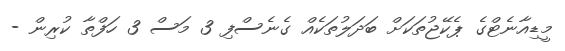
މީޑިއާނެޓްގެ ޕެކޭޖުތަކަށް ބަދަލުތަކެއް ގެނެސްފި 3 މަސް 3 ހަފްތާ ކުރިން -